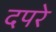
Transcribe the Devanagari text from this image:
दपरे